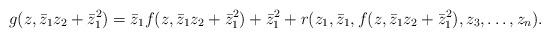
LaTeX: \begin{align*}g(z,\bar{z}_1z_2 + \bar{z}_1^2) = \bar{z}_1 f(z,\bar{z}_1z_2 + \bar{z}_1^2)+ \bar{z}_1^2 + r(z_1,\bar{z}_1,f(z,\bar{z}_1z_2 +\bar{z}_1^2),z_3,\ldots,z_n) .\end{align*}